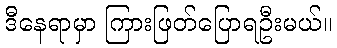
ဒီနေရာမှာ ကြားဖြတ်ပြောရဦးမယ်။